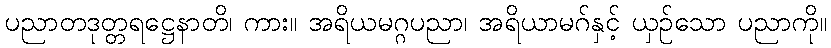
ပညာတဒုတ္တရဋ္ဌေနာတိ၊ ကား။ အရိယမဂ္ဂပညာ၊ အရိယာမဂ်နှင့် ယှဉ်သော ပညာကို။